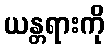
ယန္တရားကို